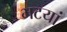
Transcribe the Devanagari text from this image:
भटयां